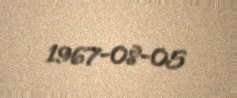
1967-08-05